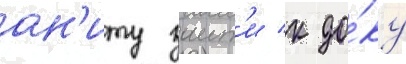
ан'иту заит'и к до́ку